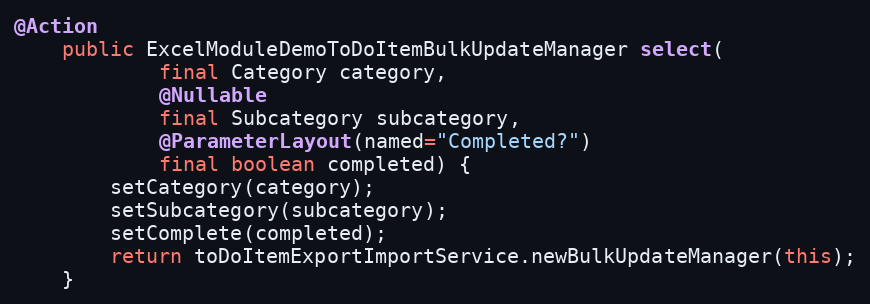
Language: Java
@Action
    public ExcelModuleDemoToDoItemBulkUpdateManager select(
            final Category category,
            @Nullable
            final Subcategory subcategory,
            @ParameterLayout(named="Completed?")
            final boolean completed) {
        setCategory(category);
        setSubcategory(subcategory);
        setComplete(completed);
        return toDoItemExportImportService.newBulkUpdateManager(this);
    }